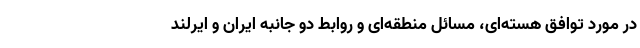
در مورد توافق هسته‌ای، مسائل منطقه‌ای و روابط دو جانبه ایران و ایرلند